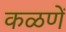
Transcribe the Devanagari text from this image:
कळणें